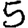
Digit: 5